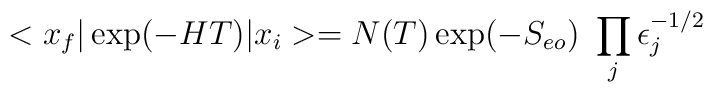
<x_f\vert \exp(- H T) \vert x_i> = N(T) \exp(- S_{eo}) \ \prod_j \epsilon_{j}^{-1/2}